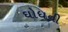
ઘોધની